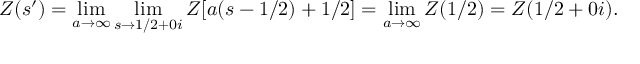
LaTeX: Z ( s ^ { \prime } ) = \operatorname * { l i m } _ { a \to \infty } \operatorname * { l i m } _ { s \to 1 / 2 + 0 i } Z [ a ( s - 1 / 2 ) + 1 / 2 ] = \operatorname * { l i m } _ { a \to \infty } Z ( 1 / 2 ) = Z ( 1 / 2 + 0 i ) .